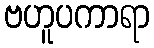
ဗဟူပကာရာ